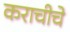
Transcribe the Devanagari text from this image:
कराचीचे